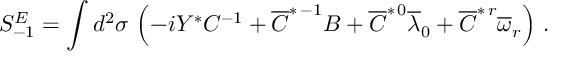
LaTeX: S _ { - 1 } ^ { E } = \int d ^ { 2 } \sigma \, \left( - i Y ^ { * } C ^ { - 1 } + \overline { { { C } } } ^ { * \, - 1 } B + \overline { { { C } } } ^ { * \, 0 } \overline { { { \lambda } } } _ { 0 } + \overline { { { C } } } ^ { * \, r } \overline { { { \omega } } } _ { r } \right) \, .